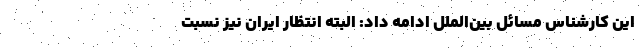
این کارشناس مسائل بین‌الملل ادامه داد: البته انتظار ایران نیز نسبت